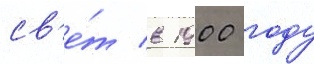
св'е́т в 1900 году